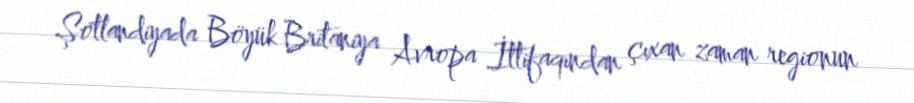
Şotlandiyada Böyük Britaniya Avropa İttifaqından çıxan zaman regionun